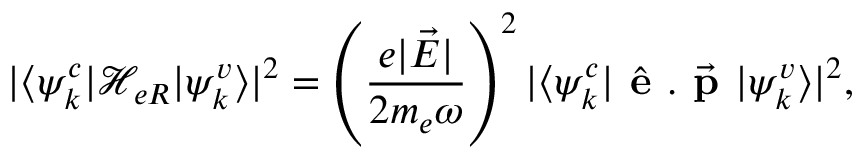
| \langle \psi _ { k } ^ { c } \vert \mathcal { H } _ { e R } \vert \psi _ { k } ^ { v } \rangle | ^ { 2 } = \left( \frac { e | \vec { E } | } { 2 m _ { e } \omega } \right) ^ { 2 } | \langle \psi _ { k } ^ { c } \vert \hat { \textbf { e } } . \vec { \textbf { p } } \vert \psi _ { k } ^ { v } \rangle | ^ { 2 } ,